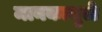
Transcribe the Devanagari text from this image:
मानकामुळे